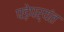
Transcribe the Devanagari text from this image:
पड़ेपर्यंत